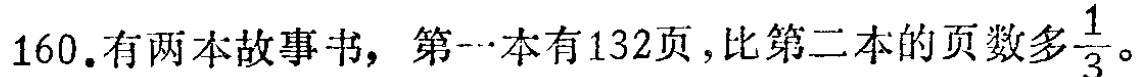
160.有两本故事书，第一本有132页，比第二本的页数多$\frac{1}{3}$。